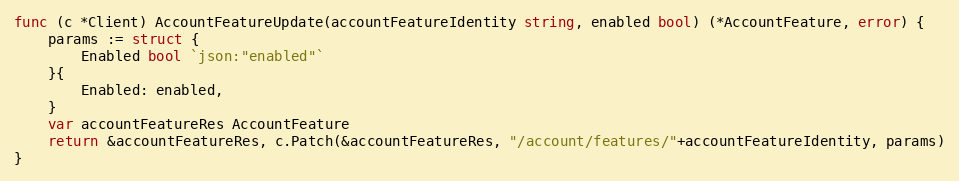
Language: Go
func (c *Client) AccountFeatureUpdate(accountFeatureIdentity string, enabled bool) (*AccountFeature, error) {
	params := struct {
		Enabled bool `json:"enabled"`
	}{
		Enabled: enabled,
	}
	var accountFeatureRes AccountFeature
	return &accountFeatureRes, c.Patch(&accountFeatureRes, "/account/features/"+accountFeatureIdentity, params)
}